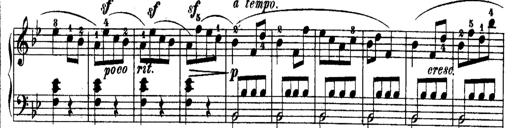
Title: Rondos and Sonatinas for Pianoforte
Composer: Daniel Steibelt